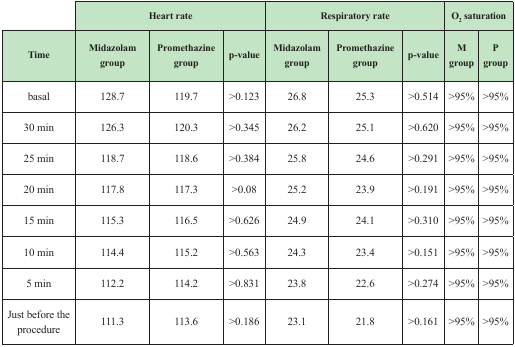
|  | <COLSPAN=3> Heart rate | <COLSPAN=3> Respiratory rate | <COLSPAN=2> O2 saturation |
 | Time | Midazolam group | Promethazine group | p-value | Midazolam group | Promethazine group | p-value | Mgroup | Pgroup |
 | --- | --- | --- | --- | --- | --- | --- | --- | --- |
 | basal | 128.7 | 119.7 | >0.123 | 26.8 | 25.3 | >0.514 | >95% | >95% |
 | 30 min | 126.3 | 120.3 | >0.345 | 26.2 | 25.1 | >0.620 | >95% | >95% |
 | 25 min | 118.7 | 118.6 | >0.384 | 25.8 | 24.6 | >0.291 | >95% | >95% |
 | 20 min | 117.8 | 117.3 | >0.08 | 25.2 | 23.9 | >0.191 | >95% | >95% |
 | 15 min | 115.3 | 116.5 | >0.626 | 24.9 | 24.1 | >0.310 | >95% | >95% |
 | 10 min | 114.4 | 115.2 | >0.563 | 24.3 | 23.4 | >0.151 | >95% | >95% |
 | 5 min | 112.2 | 114.2 | >0.831 | 23.8 | 22.6 | >0.274 | >95% | >95% |
 | Just before the procedure | 111.3 | 113.6 | >0.186 | 23.1 | 21.8 | >0.161 | >95% | >95% |